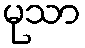
မုသာ